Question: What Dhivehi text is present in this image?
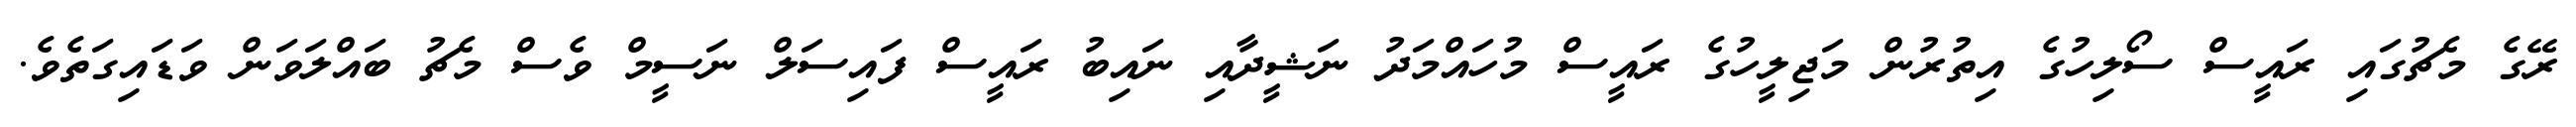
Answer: ރޭގެ މެޗުގައި ރައީސް ސޯލިހުގެ އިތުރުން މަޖިލީހުގެ ރައީސް މުހައްމަދު ނަޝީދާއި ނައިބު ރައީސް ފައިސަލް ނަސީމް ވެސް މެޗު ބައްލަވަން ވަޑައިގަތެވެ.